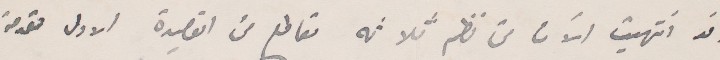
وقد انتهيت الآن من نظر ثلاثة مقاطع من القصيدة الاولى مقدمة